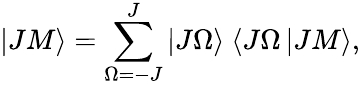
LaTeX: |JM\rangle=\sum_{\Omega=-J}^{J}|J\Omega\rangle\ \langle J\Omega\, |JM\rangle,